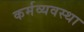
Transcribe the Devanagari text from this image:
कर्मव्यवस्था